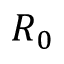
R _ { 0 }